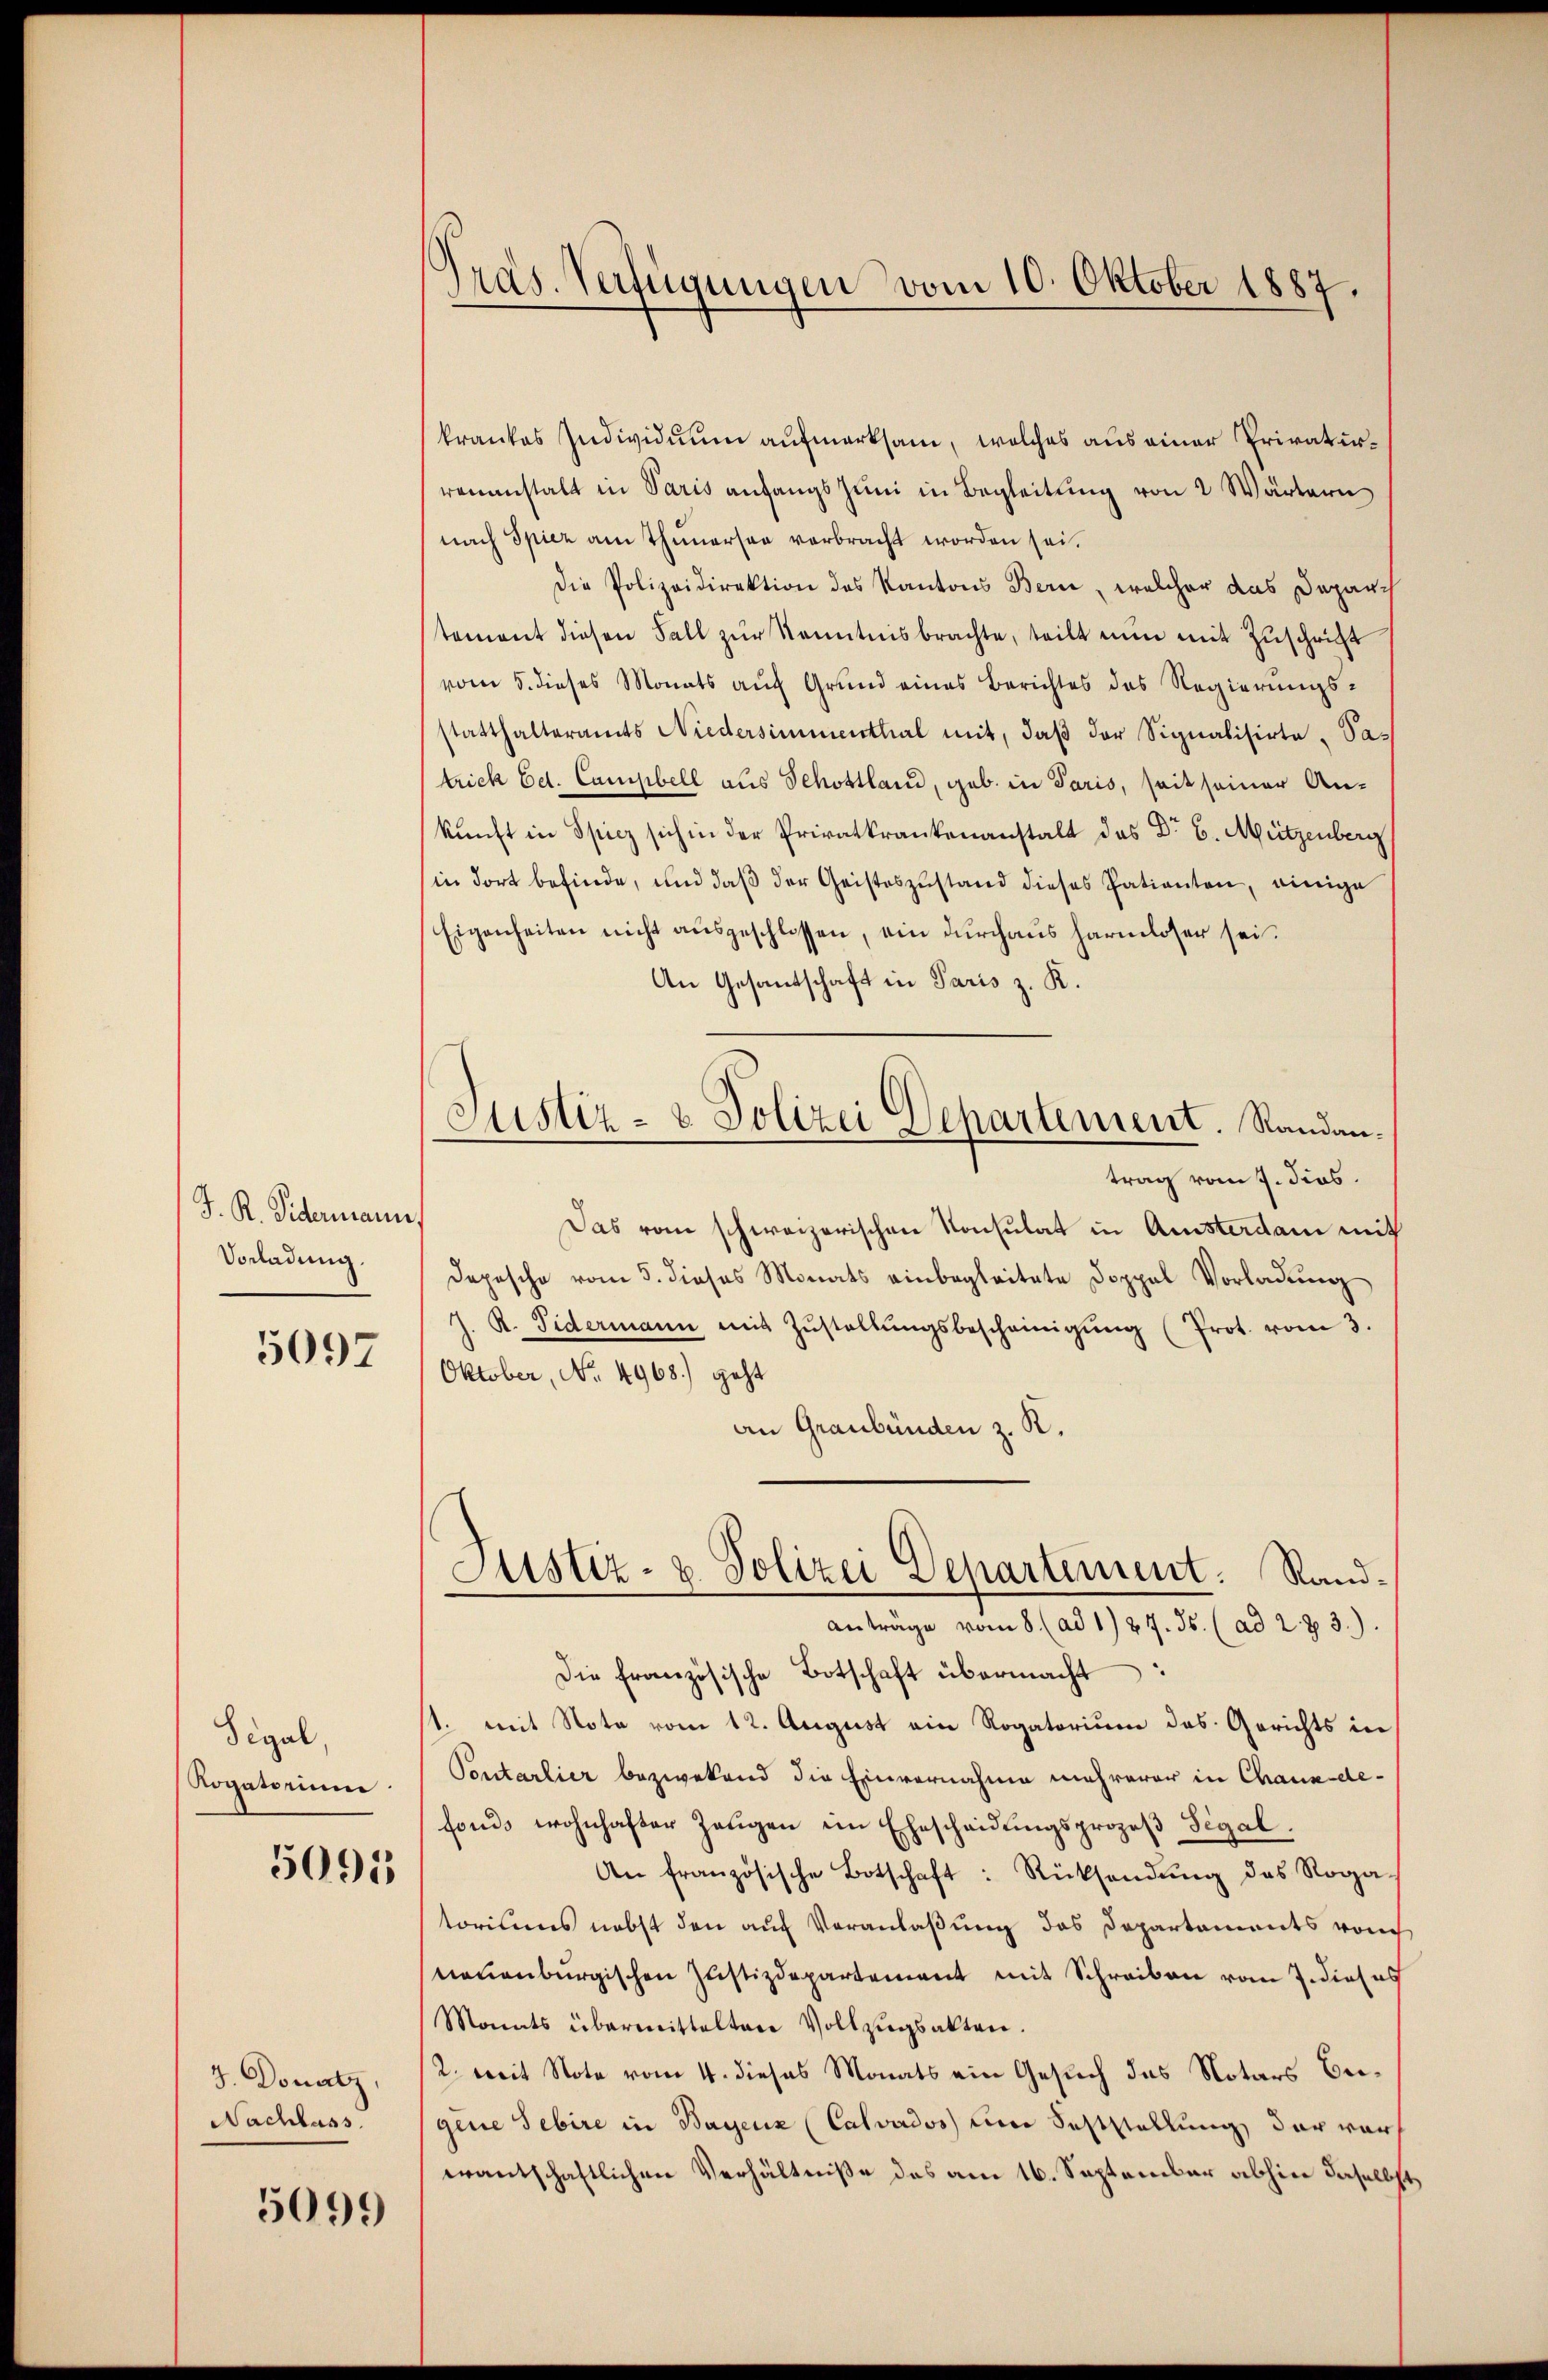
J. R. Widermann
Vorladung.

5097

Sigal,
Rogatorium

5005

J. Donatz,
Nachlass.

5099

Präs. Verfügungen vom 10. Oktober 1887.

krankes Individuum aufmerksam, welches aus einer Privaturvenanstalt in Paris anfangs Juni in Begleitung von 2 Wärtern
nach Spiez am Thunersee verbracht worden sei.
die Polizeidirektion des Kantons Bern, welcher das Deparch
tement diesen Fall zŭr Kenntnisbrachte, teilt nun mit Zuschrift
vom 5. dieses Monats auf Grund eines Berichtes des Regierungs-
statthalteramts Niedersimmenthal mit, daß der Signalisirte Patrick Ed. Campbell aus Schottland, geb. in Paris, seit seiner An-
kunft in Spiez sich in der Privatkrankenanstalt das Dr E. Mützenberg
in dort befinde, und daβ der Geisteszustand dieses Patienten, einige
Eigenheiten nicht ausgeschlossen, ein durchaus harmloser sei.
An Gesandschaft in Paris z. R.
trag vom 7. dies
Das vom schweizerischen Konsulat in Amsterdam mit
Deposche vom 5. dieses Monats einbegleitete Doppel Vorladung
J. R. Fidermann mit Zŭstellŭngsbescheinigŭng (Prot. vom 3.
Oktober, No. 4968.) geht
an Graubünden z. R.
Justiz- & Polizei Departement. Randanträge vom 8. (ad 1. 27. ds. (ad 2. 73.).
Die französische Botschaft übermacht:
st. mit Note vom 12. August ein Rogatorium das Gerichts in
Pontarlier bezwekend die Einvernahme mehrerer in Chaux-de-
fonds wohnhafter Zeŭgen ein Ehescheidŭngsprozeβ Segal.
An französische Botschaft: Rücksendŭng des Roga-
toriums nebst den auf Veranlaßung das Departements vom
neuenburgischen Justizdepartement mit Schreiben vom J. dieses
Manats übermittelten Vollzŭgsakten.
2. weit Note vom 4. dieses Monats ein Gesuch das Notars Begene Gebire in Bayerz (Calvados am Soststellung der vor
erantschaftlichen Verhältniße des am 16. September abhin daselbst,

Justiz- & Polizei Departement. Randan¬